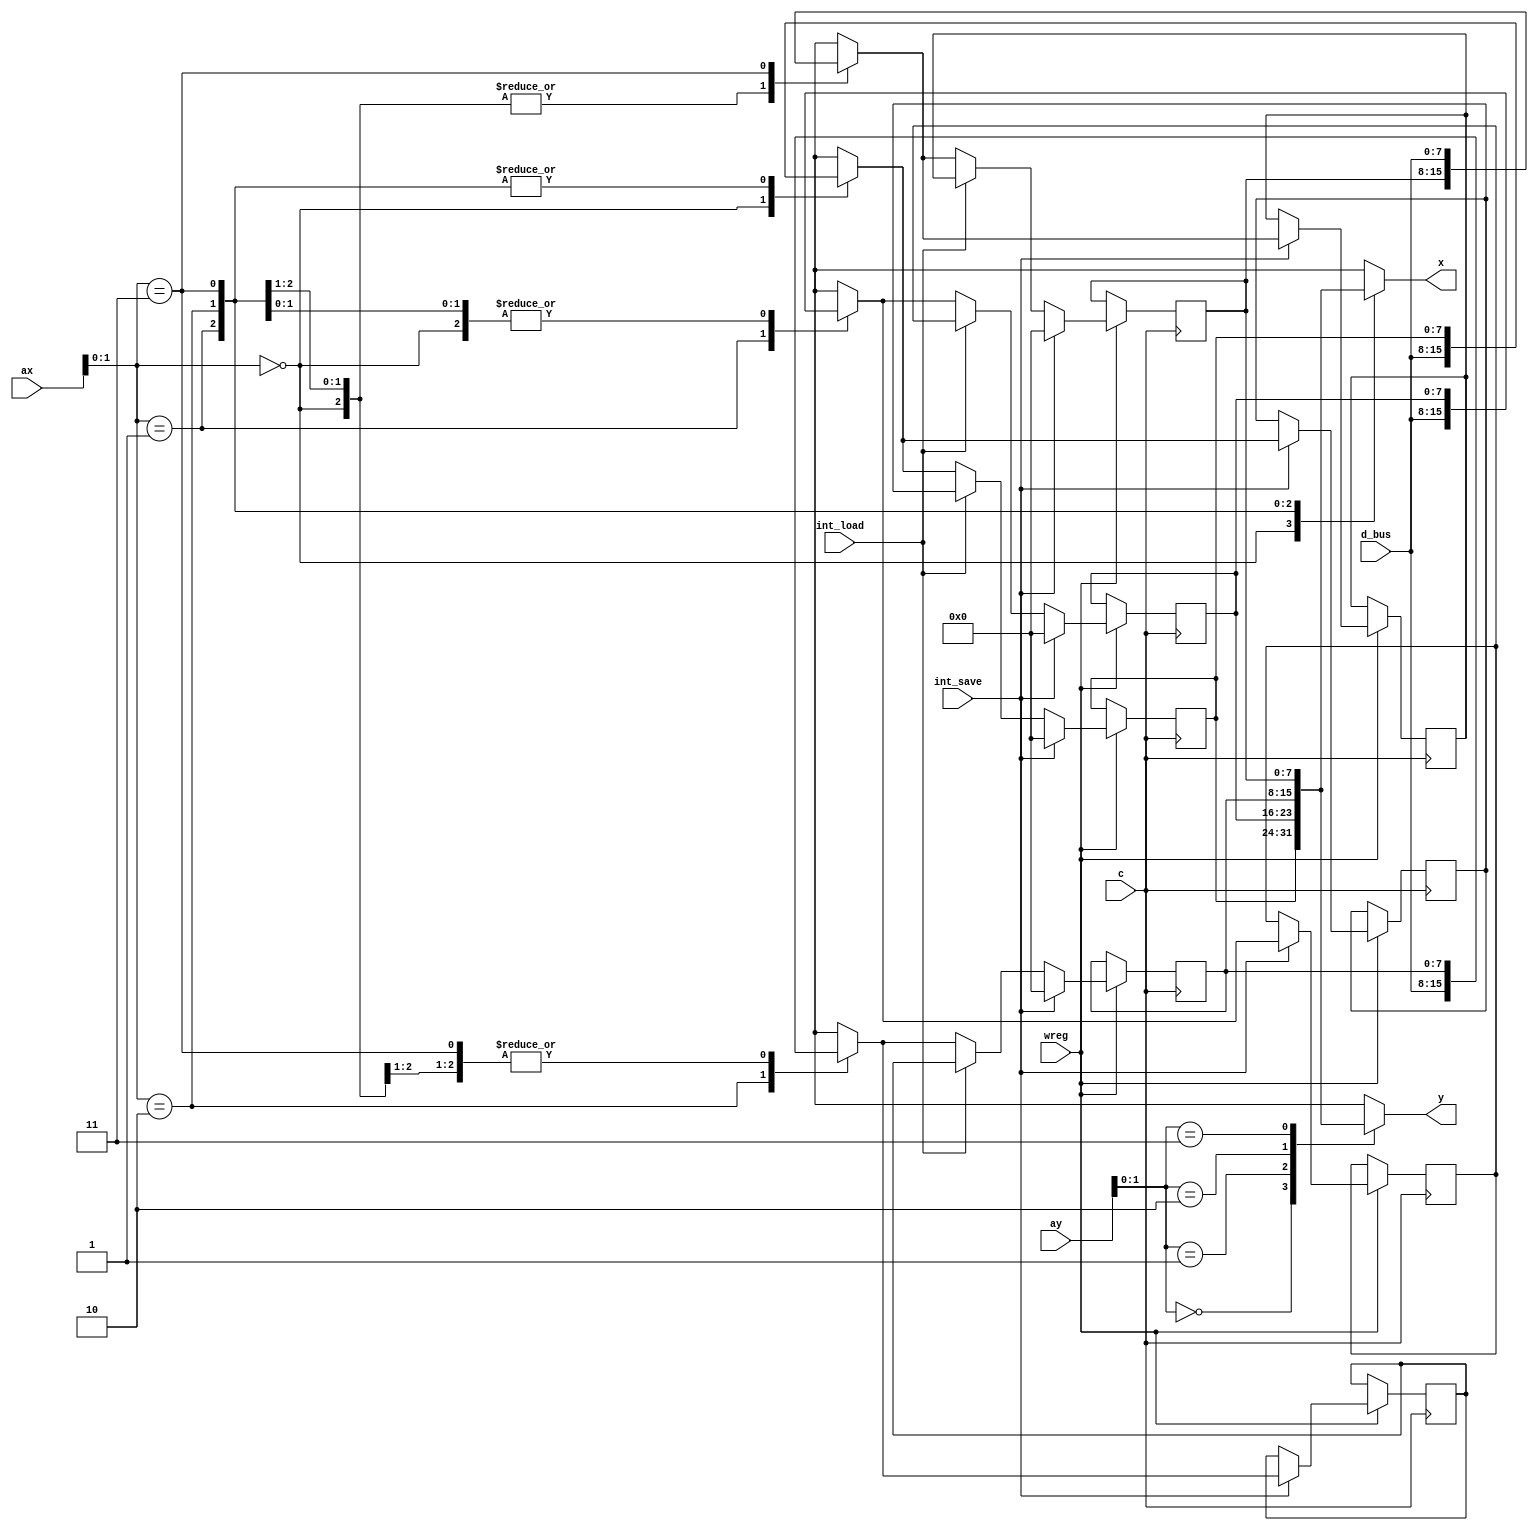
module blok_ron (c,wreg,
d_bus, ax,ay,x,y, int_save, int_load);
input c,wreg, int_save, int_load ;
input [7:0] d_bus;
input [3:0] ax, ay;
output [7:0] x,y;
 reg [7:0] x,y;
reg [7:0] ron [3:0]; 
reg [7:0] prev_ron [3:0]; 
 always begin 
 x=ron[ax]; y=ron[ay]; end
 always @(posedge c) 
 begin
	if (wreg)
	begin
		ron[ax] = d_bus;
		if(int_save)
		begin
			prev_ron[0] <= ron[0];
			prev_ron[1] <= ron[1];
			prev_ron[2] <= ron[2];
			prev_ron[3] <= ron[3];
			
			
			ron[0] <= 8'b0;
			ron[1] <= 8'b0;
			ron[2] <= 8'b0;
			ron[3] <= 8'b0;
		end
		else if (int_load)
		begin
			ron[0] <= prev_ron[0];
			ron[1] <= prev_ron[1];
			ron[2] <= prev_ron[2];
			ron[3] <= prev_ron[3];
		end			
	end
end

endmodule